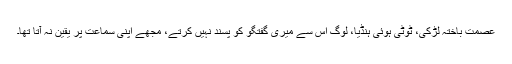
عصمت باختہ لڑکی، ٹُوٹی ہوئی ہنڈیا، لوگ اس سے میری گفتگو کو پسند نہیں کرتے، مجھے اپنی سماعت پر یقین نہ آتا تھا۔